Vaccination United Provinces of Agra and Oudh 1902-1913 - 1902-1913
Year: 1902
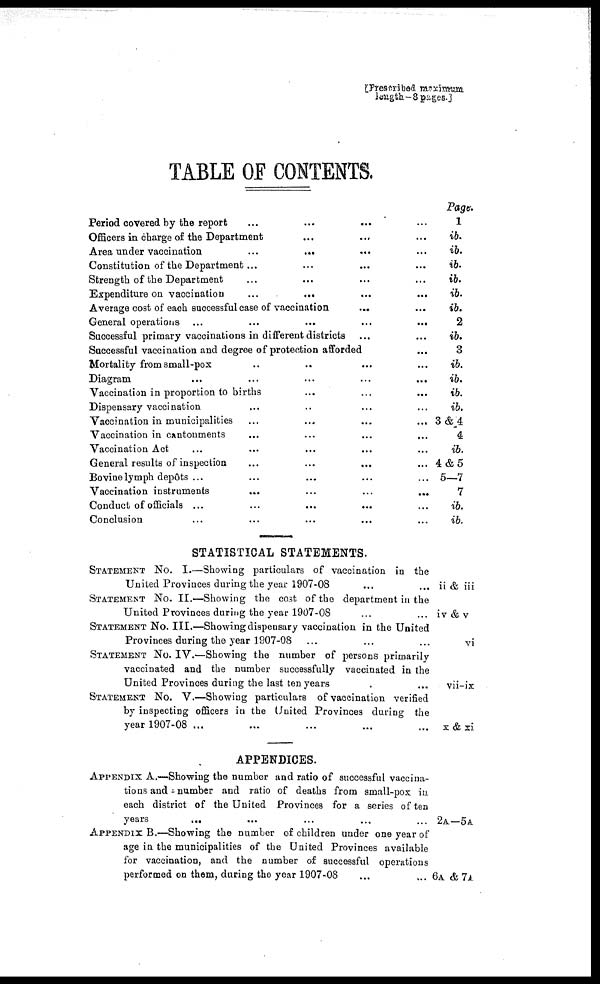
[Prescribed maximum
length—8 pages.]
TABLE OF CONTENTS.
Period covered by the report ... ... ... ... ... ...
Officers in charge of the Department ... ... ... ... ... ...
Area under vaccination ... ... ... ... ...
Constitution of the Department ... ... ... ... ...
Strength of the Department ... ... ... ... ...
Expenditure on vaccination
...
...
...
...
...
Average cost of each successful case of vaccination ... ...
General operations
...
...
...
...
...
...
...
Successful primary vaccinations in different districts ... ... ... ...
Successful vaccination and degree of protection afforded ... ... ...
Mortality from small-pox ... ... ... ... ...
Diagram ... ... ... ...
Vaccination in proportion to births ... ... ... ...
Dispensary vaccination ... ... ... ... ... ...
Vaccination in municipalities
...
...
...
...
...
Vaccination in cantonments
...
...
...
...
...
Vaccination Act ... ... ... ... ... ...
General results of inspection ... ... ... ... ... ...
Bovine lymph depôts ... ... ... ... ... ...
Vaccination instruments ... ... ... ... ... ...
Conduct of officials ... ... ... ... ...
Conclusion ... ... ... ... ... ...
STATISTICAL STATEMENTS.
STATEMENT No. I.—Showing particulars of vaccination in the
United Provinces during the year 1907-08 ... ... ...
STATEMENT No. II.—Showing the cost of the department in the
United Provinces during the year 1907-08 ... ... ...
STATEMENT No. III.—Showing dispensary vaccination in the United
Provinces during the year 1907-08 ... ... ...
STATEMENT No. IV.—Showing the number of persons primarily
vaccinated and the number successfully vaccinated in the
United Provinces during the last ten years ...
STATEMENT No. V.—Showing particulars of vaccination verified
by inspecting officers in the United Provinces during the
year 1907-08 ... ... ...
APPENDICES.
APPENDIX A.—Showing the number and ratio of successful vaccina-
tions and-number and ratio of deaths from small-pox in
each district of the United Provinces for a series of ten
years ... ... ... ...
APPENDIX B.—Showing the number of children under one year of
age in the municipalities of the United Provinces available
for vaccination, and the number of successful operations
performed on them, during the year 1907-08 ... ... ... ...
Page.
1
ib.
ib.
ib.
ib.
ib.
ib.
2
ib.
3
ib.
ib.
ib.
ib.
3&4
4
ib.
4&5
5—7
7
ib.
ib.
ii & iii
iv & v
vi
vii—ix
x & xi
2A—5A
6A & 7A